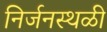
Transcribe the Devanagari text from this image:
निर्जनस्थळी